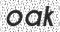
oak